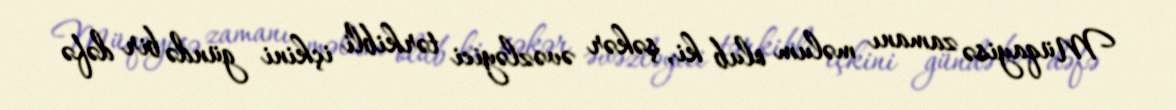
Müqayisə zamanı məlum olub ki, şəkər əvəzləyici tərkibli içkini gündə bir dəfə